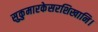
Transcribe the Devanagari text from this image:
सुकुमारकेसरशिखानि।